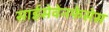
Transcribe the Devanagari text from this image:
साईसेवेनफेसेस